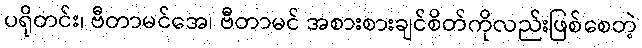
ပရိုတင်း၊ ဗီတာမင်အေ၊ ဗီတာမင် အစားစားချင်စိတ်ကိုလည်းဖြစ်စေတဲ့